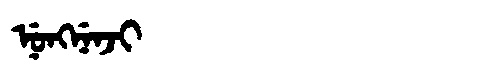
Manchu: ᠨᡠᠩᠨᡝᠨᠵᡳ
Romanization: NUNGNENJI